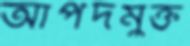
আপদমুক্ত